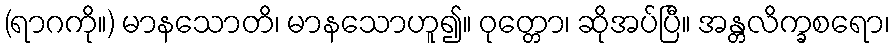
(ရာဂကို။) မာနသောတိ၊ မာနသောဟူ၍။ ဝုတ္တော၊ ဆိုအပ်ပြီ။ အန္တလိက္ခစရော၊